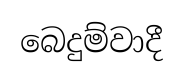
බෙදුම්වාදී